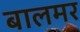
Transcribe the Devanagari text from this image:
बालमर